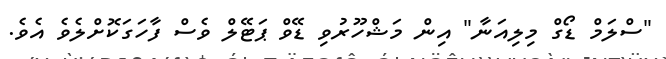
"ސްލަމް ޑޯގް މިލިއަނާ" އިން މަޝްހޫރުވި ޑޭވް ޕަޓޭލް ވެސް ފާހަގަކޮށްލެވެ އެވެ.